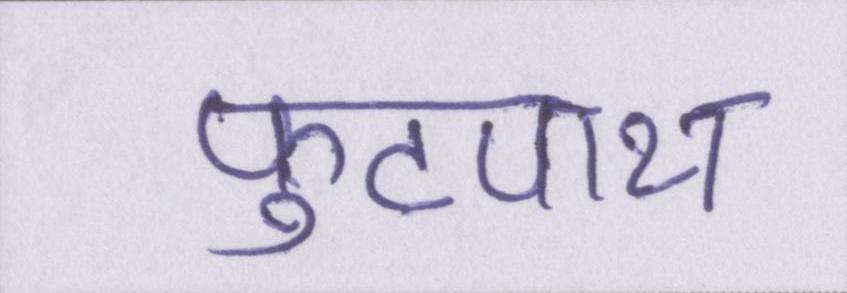
फुटपाथ